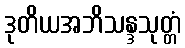
ဒုတိယအဘိသန္ဒသုတ္တံ